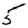
Digit: 5